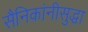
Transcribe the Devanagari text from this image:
सैनिकांनीसुद्धा